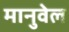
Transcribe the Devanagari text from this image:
मानुवेल